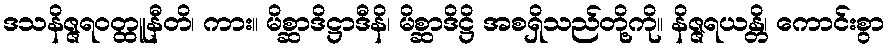
ဒသနိဇ္ဇရဝတ္ထူနီတိ၊ ကား။ မိစ္ဆာဒိဋ္ဌာဒီနိ၊ မိစ္ဆာဒိဋ္ဌိ အစရှိသည်တို့ကို။ နိဇ္ဇရယန္တိ၊ ကောင်းစွာ